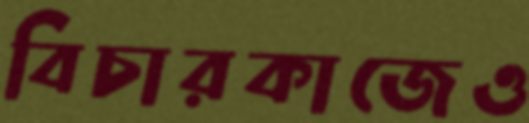
বিচারকাজেও